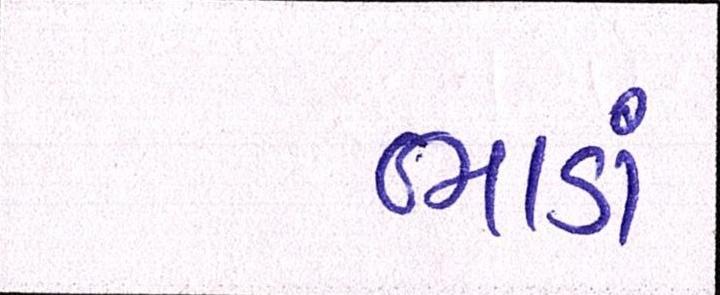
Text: ભાડાં